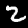
Digit: 2